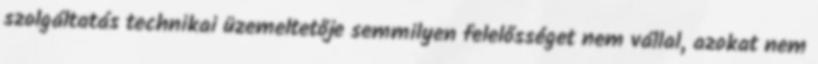
szolgáltatás technikai üzemeltetője semmilyen felelősséget nem vállal, azokat nem